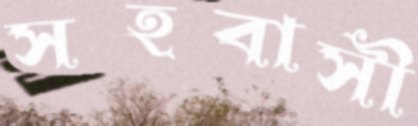
সহবাসী